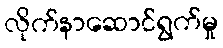
လိုက်နာဆောင်ရွက်မှု